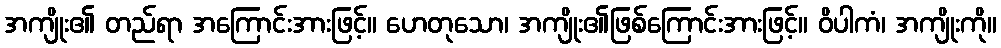
အကျိုး၏ တည်ရာ အကြောင်းအားဖြင့်။ ဟေတုသော၊ အကျိုး၏ဖြစ်ကြောင်းအားဖြင့်။ ဝိပါကံ၊ အကျိုးကို။